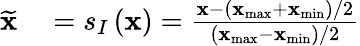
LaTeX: \begin{array}{rl}{\widetilde{\mathbf{x}}}&{{}=s_{I}\left(\mathbf{x}\right)=\frac{\mathbf{x}-(\mathbf{x}_{\operatorname*{max}}+\mathbf{x}_{\operatorname*{min}})/2}{(\mathbf{x}_{\operatorname*{max}}-\mathbf{x}_{\operatorname*{min}})/2}}\end{array}